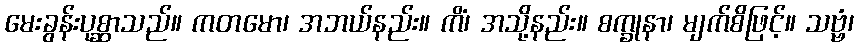
မေးခွန်းပုစ္ဆာသည်။ ကတမော၊ အဘယ်နည်း။ ကိံ၊ အသို့နည်း။ စက္ခုနာ၊ မျက်စိဖြင့်။ သဗ္ဗံ၊